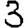
Digit: 3